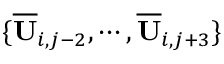
\{ \overline { { \mathbf { U } } } _ { i , j - 2 } , \cdots , \overline { { \mathbf { U } } } _ { i , j + 3 } \}